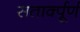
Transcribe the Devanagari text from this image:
सतार्क्पूर्ण